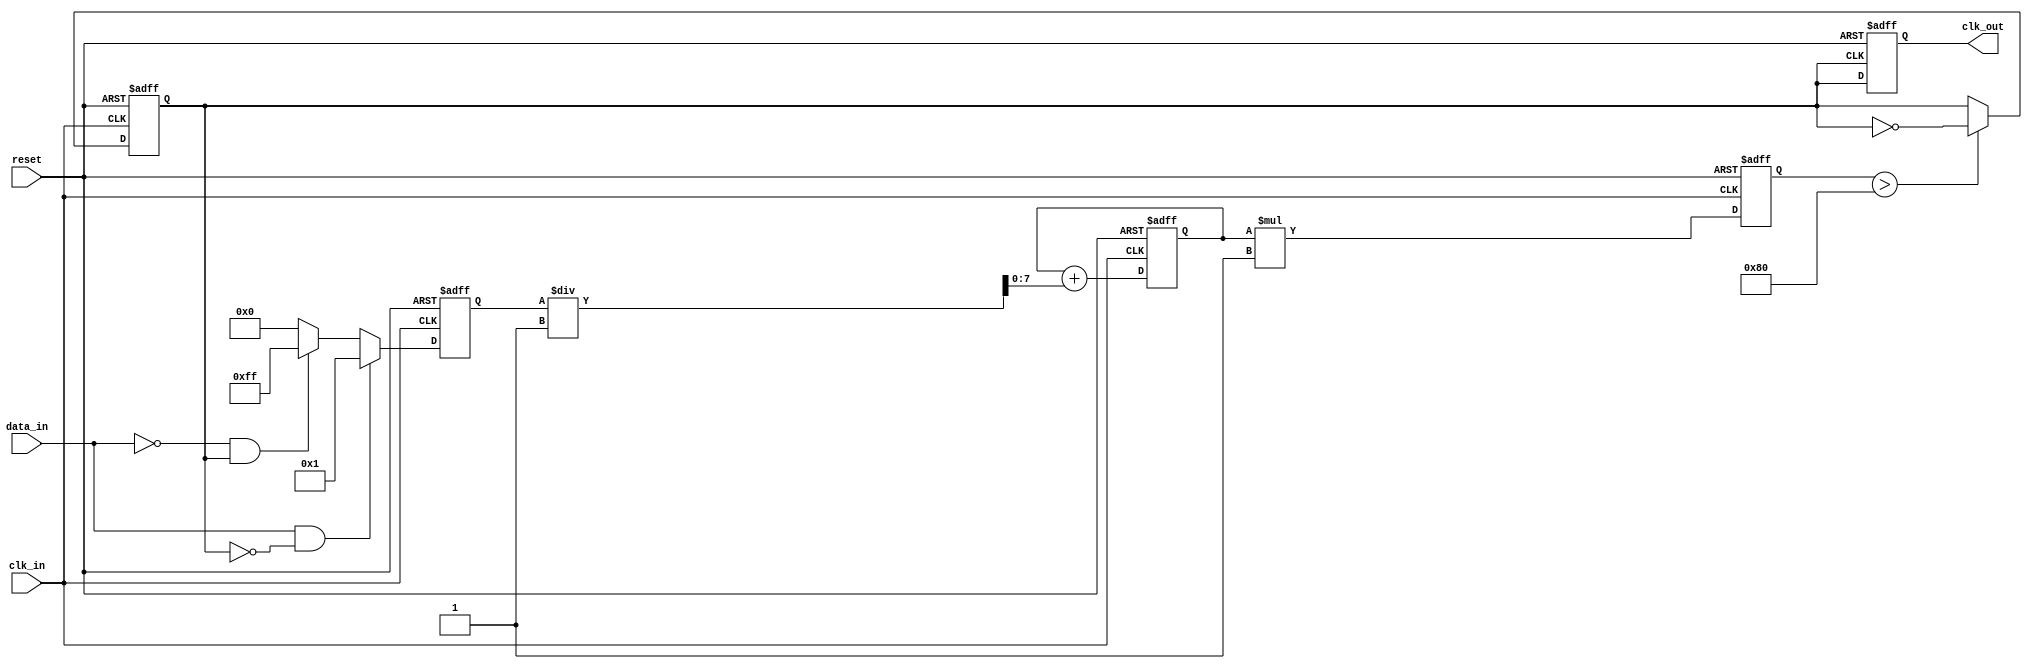
module pll(
    input wire clk_in,           // Incoming data clock
    input wire reset,            // Reset signal
    input wire data_in,          // Incoming data signal
    output reg clk_out           // Recovered clock output
);

// Parameters for the PLL
parameter PHASE_DETECTOR_GAIN = 1; // Gain for Phase Detector
parameter LOOP_FILTER_TIME_CONSTANT = 1; // Time constant for Loop Filter
parameter VCO_GAIN = 1; // Gain for VCO

// Internal signals
reg [7:0] phase_error; // Phase error signal from PD
reg [7:0] control_voltage; // Control voltage for VCO
reg vco_output; // VCO output signal
reg [7:0] vco_frequency; // Adjustable frequency of VCO

// Phase Detector
always @(posedge clk_in or posedge reset) begin
    if (reset) begin
        phase_error <= 0;
    end else begin
        // Simple phase comparison logic
        if (data_in && !vco_output) begin
            phase_error <= PHASE_DETECTOR_GAIN; // Data is ahead of clock
        end else if (!data_in && vco_output) begin
            phase_error <= -PHASE_DETECTOR_GAIN; // Data is behind clock
        end else begin
            phase_error <= 0; // Aligned
        end
    end
end

// Loop Filter
always @(posedge clk_in or posedge reset) begin
    if (reset) begin
        control_voltage <= 0;
    end else begin
        // Simple low-pass filter
        control_voltage <= control_voltage + (phase_error / LOOP_FILTER_TIME_CONSTANT);
    end
end

// Voltage-Controlled Oscillator (VCO)
always @(posedge clk_in or posedge reset) begin
    if (reset) begin
        vco_frequency <= 0;
        vco_output <= 0;
    end else begin
        // Adjust frequency based on control voltage
        vco_frequency <= (control_voltage * VCO_GAIN);
        // Generate output clock based on frequency
        vco_output <= (vco_frequency > 128) ? ~vco_output : vco_output; // Example toggle condition
    end
end

// Output Clock Signal
always @(posedge vco_output or posedge reset) begin
    if (reset) begin
        clk_out <= 0;
    end else begin
        clk_out <= vco_output;
    end
end

endmodule